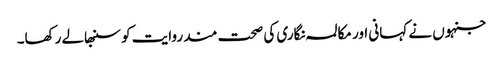
جنہوں نے کہانی اور مکالمہ نگاری کی صحت مند روایت کو سنبھالے رکھا۔